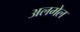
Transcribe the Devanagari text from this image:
अलमेल